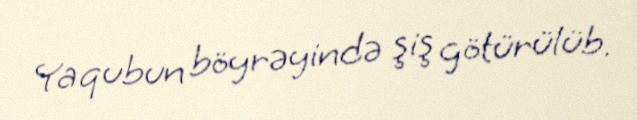
Yaqubun böyrəyində şiş götürülüb.